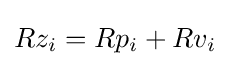
Rz_{i}=Rp_{i}+Rv_{i}